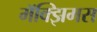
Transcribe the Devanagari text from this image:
मॅक्झिमस